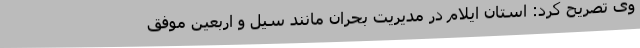
وی تصریح کرد: استان ایلام در مدیریت بحران مانند سیل و اربعین موفق